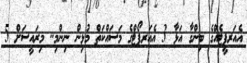
އެއަރޕީޓެއްގެ ބިންގާ އަޅާ 3 އެއަރޕޯޓްގެ މަސައްކަތް މުޅިން ނިންމި.. މިރައީސަށް 5